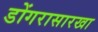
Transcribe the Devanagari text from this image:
डोंगरासारखा